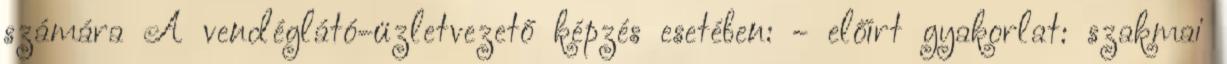
számára A vendéglátó-üzletvezető képzés esetében: - előírt gyakorlat: szakmai